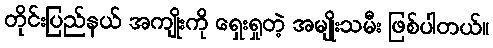
တိုင်းပြည်နယ် အကျိုးကို ရှေးရှုတဲ့ အမျိုးသမီး ဖြစ်ပါတယ်။